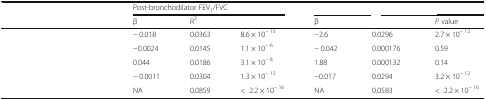
<table><thead><tr><td rowspan="2">[EMPTY_CELL]</td><td colspan="3"><b>Post-bronchodilator FEV<sub>1</sub>/FVC</b></td><td colspan="3">[EMPTY_CELL]</td></tr><tr><td><b>β</b></td><td><b>R<sup>2</sup></b></td><td>[EMPTY_CELL]</td><td><b>β</b></td><td>[EMPTY_CELL]</td><td><b><i>P</i> value</b></td></tr></thead><tbody><tr><td>[EMPTY_CELL]</td><td>− 0.018</td><td>0.0363</td><td>8.6 × 10<sup>− 15</sup></td><td>−2.6</td><td>0.0296</td><td>2.7 × 10<sup>− 12</sup></td></tr><tr><td>[EMPTY_CELL]</td><td>−0.0024</td><td>0.0145</td><td>1.1 × 10<sup>− 6</sup></td><td>− 0.042</td><td>0.000176</td><td>0.59</td></tr><tr><td>[EMPTY_CELL]</td><td>0.044</td><td>0.0186</td><td>3.1 × 10<sup>− 8</sup></td><td>1.88</td><td>0.000132</td><td>0.14</td></tr><tr><td>[EMPTY_CELL]</td><td>− 0.0011</td><td>0.0304</td><td>1.3 × 10<sup>− 12</sup></td><td>−0.017</td><td>0.0294</td><td>3.2 × 10<sup>− 12</sup></td></tr><tr><td>[EMPTY_CELL]</td><td>NA</td><td>0.0859</td><td>&lt;2.2 × 10<sup>− 16</sup></td><td>NA</td><td>0.0583</td><td>&lt;2.2 × 10<sup>− 16</sup></td></tr></tbody></table>